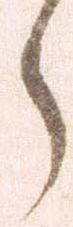
ら